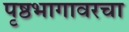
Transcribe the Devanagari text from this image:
पृष्ठभागावरचा